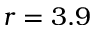
r = 3 . 9